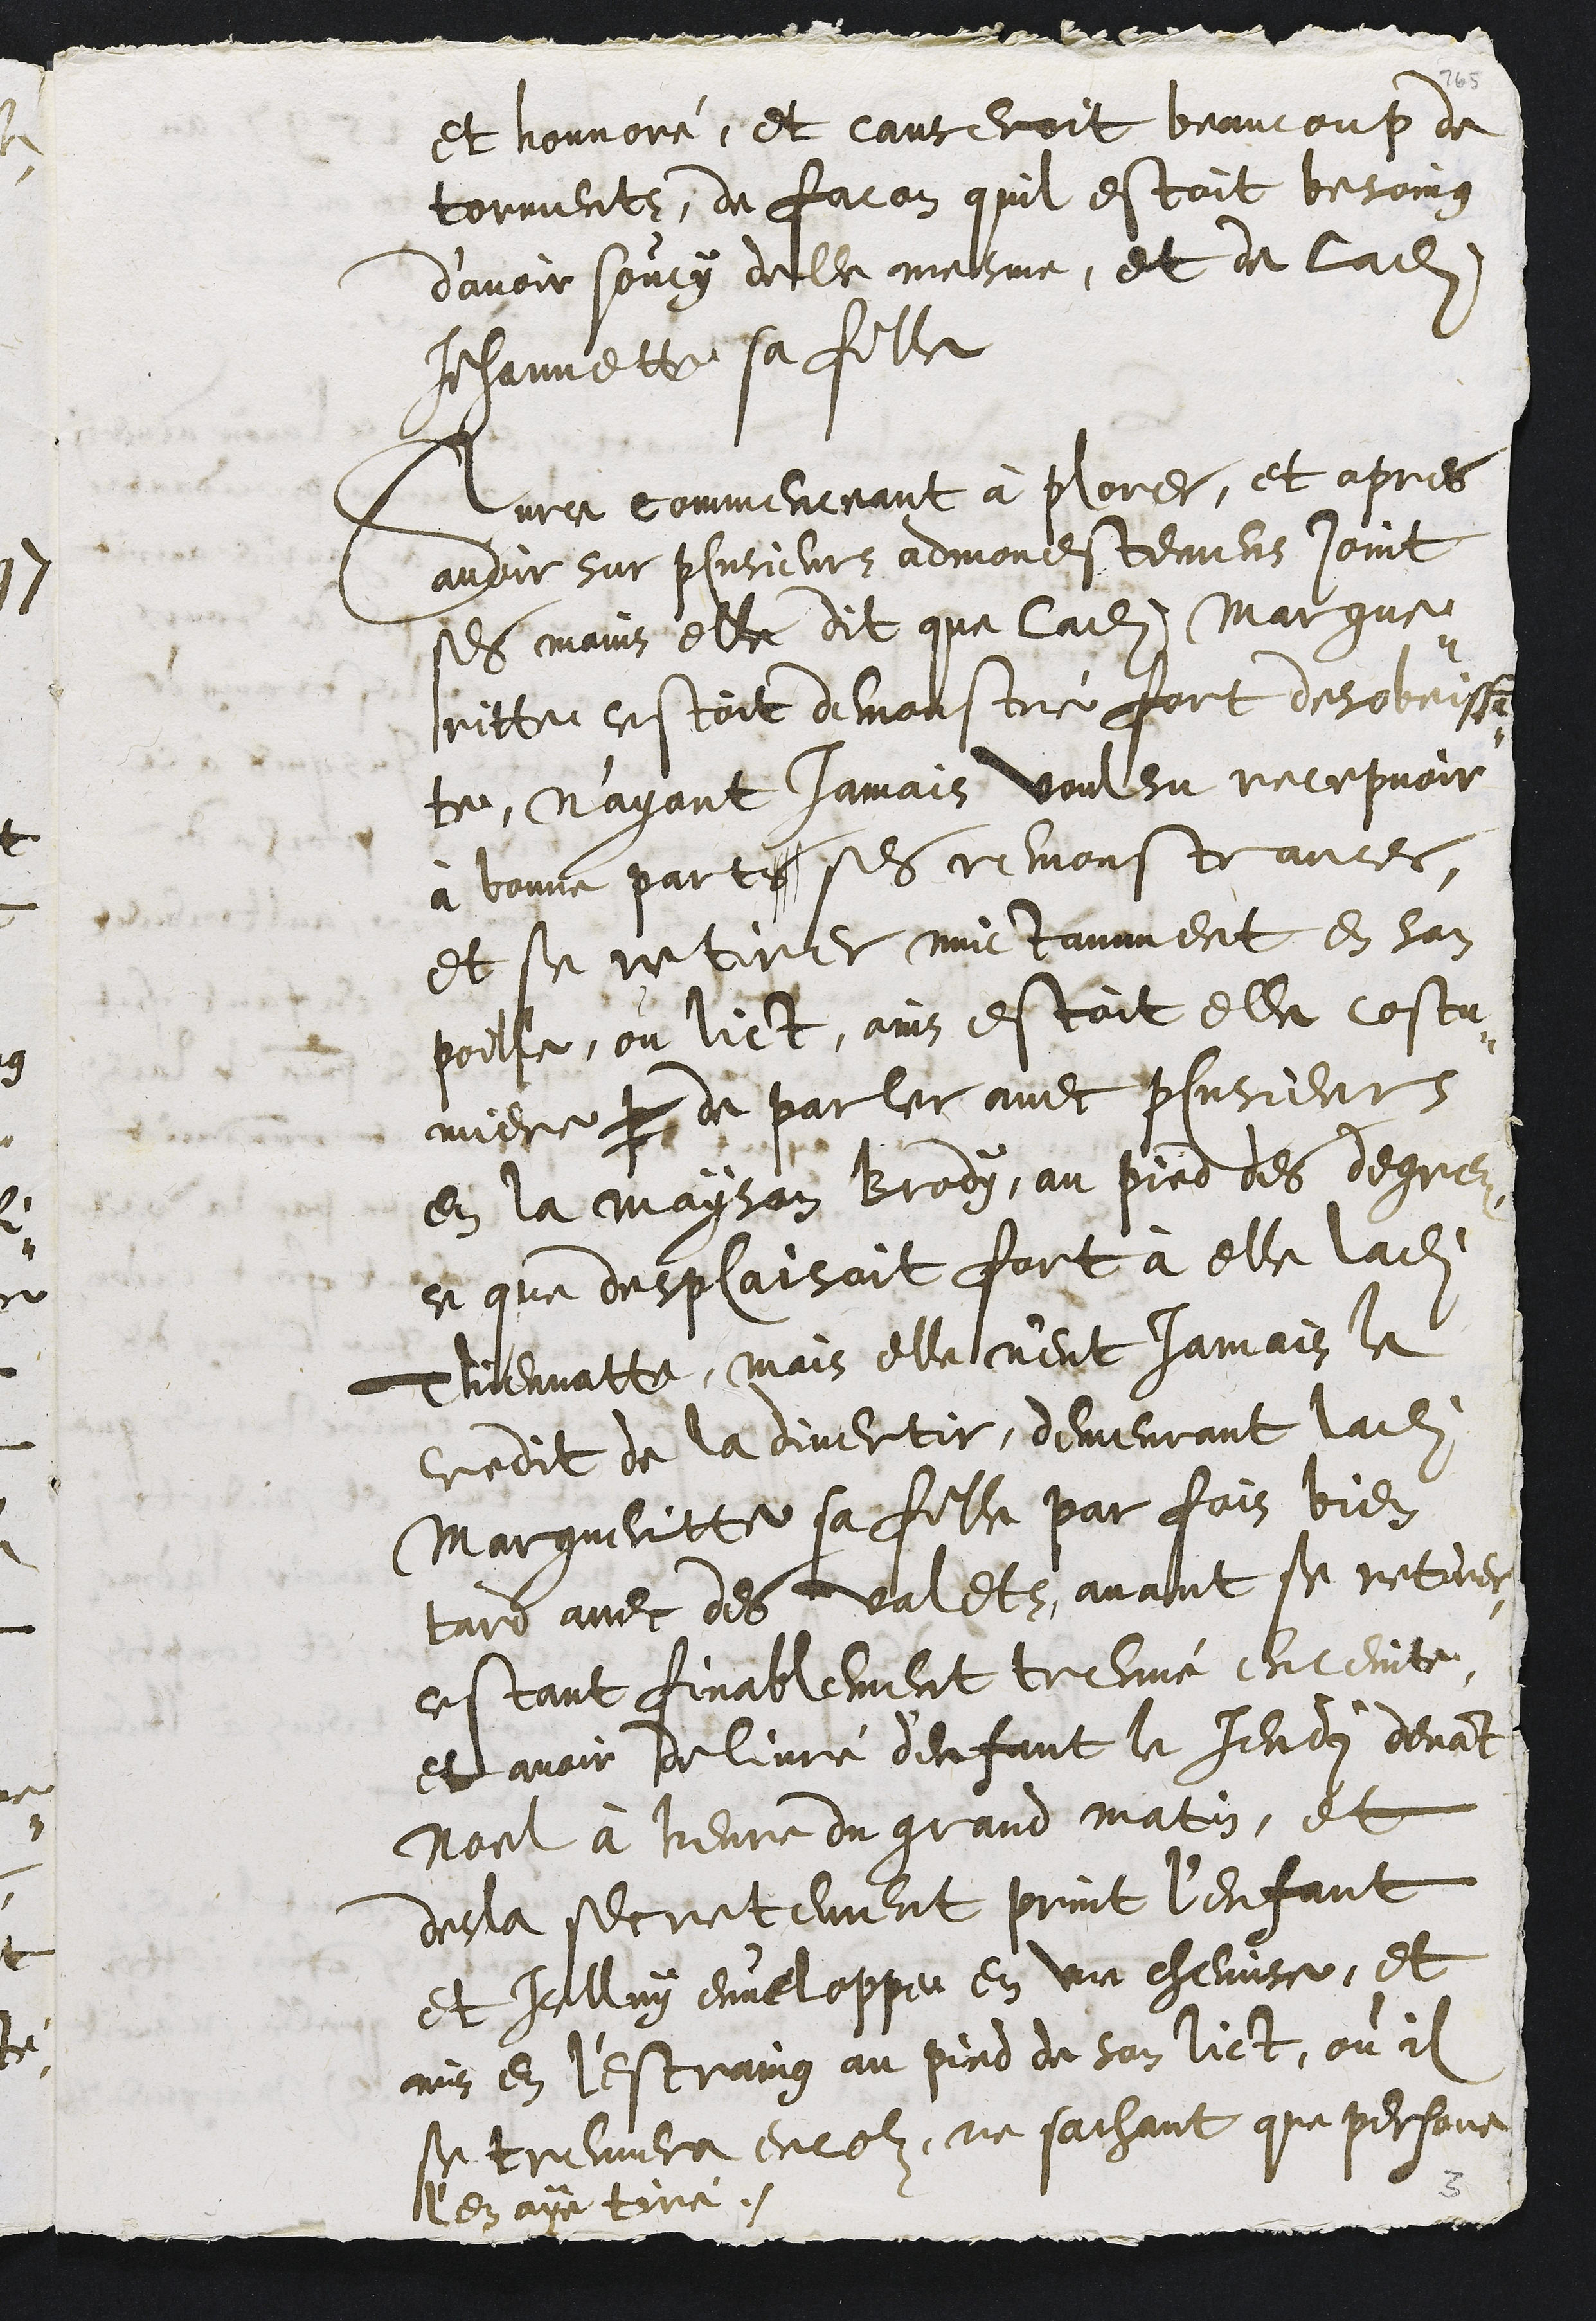
et honnoré, et causeroit beaucoup detorments, de facon quil estoit besoingd’avoir soucy delle mesme, et de laditeJehannette sa filleSurce commenceant à plorer, et apresavoir sur plusieurs admonestemens jointses mains elle dit que ladite Margue-ritte estoit demonstré fort desobeissan-te, n'ayant jamais voulsu recepvoirà bonne parts ses remonstranceset se retirer nuictamment en sonpoille, ou lict, ains estoit elle costu-miere p de parler avec plusieursen la mayson Brody, au pied des degrezce que desplaisoit fort à elle laditeThiennatte, mais elle n'eut jamais lecredit de la divertir, demeurant laditeMargueritte sa fille par fois bientard avec des valets, avant se retirerestant finablement treuvé enceinteet avoir delivré d'enfant la Jeudi devantNoel à heure du grand matin, etdesla secretement print l'enfantet icelluy enveloppe en une chemise, etmis en l'estraing au pied de son lict, ou ilse treuvera encor, ne sachant que personel'en aye tiré.2.